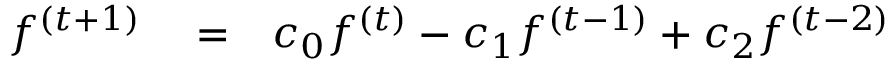
\begin{array} { r l r } { f ^ { ( t + 1 ) } } & { { } = } & { c _ { 0 } f ^ { ( t ) } - c _ { 1 } f ^ { ( t - 1 ) } + c _ { 2 } f ^ { ( t - 2 ) } } \end{array}